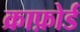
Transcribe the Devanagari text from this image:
क्राफ़ोर्ड